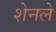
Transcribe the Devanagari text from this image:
शेनले